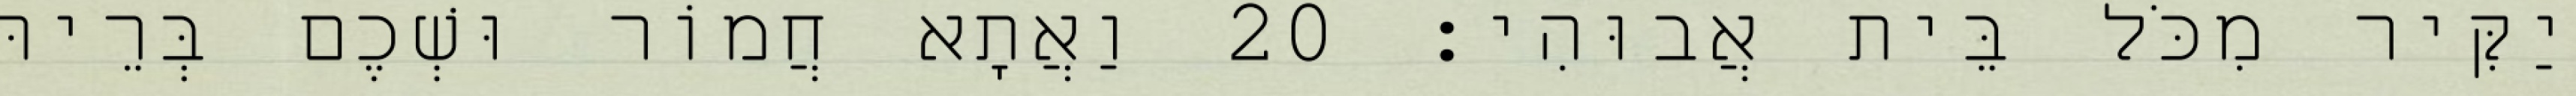
יַקִּיר מִכֹּל בֵּית אֲבוּהִי׃ 20 וַאֲתָא חֲמוֹר וּשְׁכֶם בְּרֵיהּ